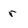
Character: r